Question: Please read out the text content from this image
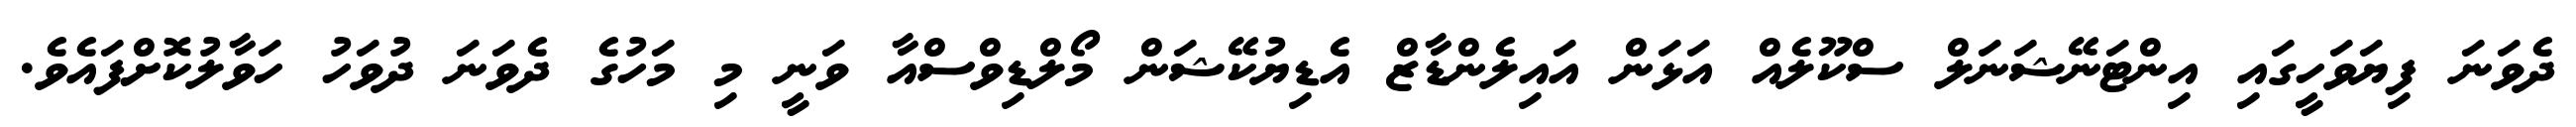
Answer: ދެވަނަ ފިޔަވަހީގައި އިންޓަނޭޝަނަލް ސްކޫލެއް އަޅަން އައިލެންޑާޒް އެޑިޔުކޭޝަން މޯލްޑިވްސްއާ ވަނީ މި މަހުގެ ދެވަނަ ދުވަހު ހަވާލުކޮށްފައެވެ.